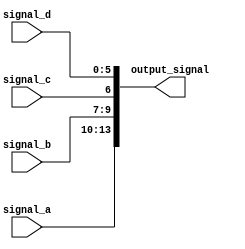
module ConcatenationExample(
    input wire [3:0] signal_a,   // 4-bit input signal
    input wire [2:0] signal_b,   // 3-bit input signal
    input wire        signal_c,   // 1-bit input signal
    input wire [5:0] signal_d,   // 6-bit input signal
    output wire [13:0] output_signal // Output signal (total width: 4 + 3 + 1 + 6 = 14 bits)
);

// Continuous concatenation assignment
assign output_signal = {signal_a, signal_b, signal_c, signal_d};

endmodule